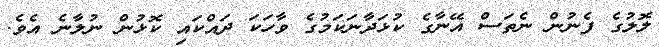
ލޮލުގެ ފެނުން ނެތަސް އޭނާގެ ކުޅަދާނަކަމުގެ ވާހަކަ ދައްކައި ކޮޅުން ނުލާނެ އެވެ.